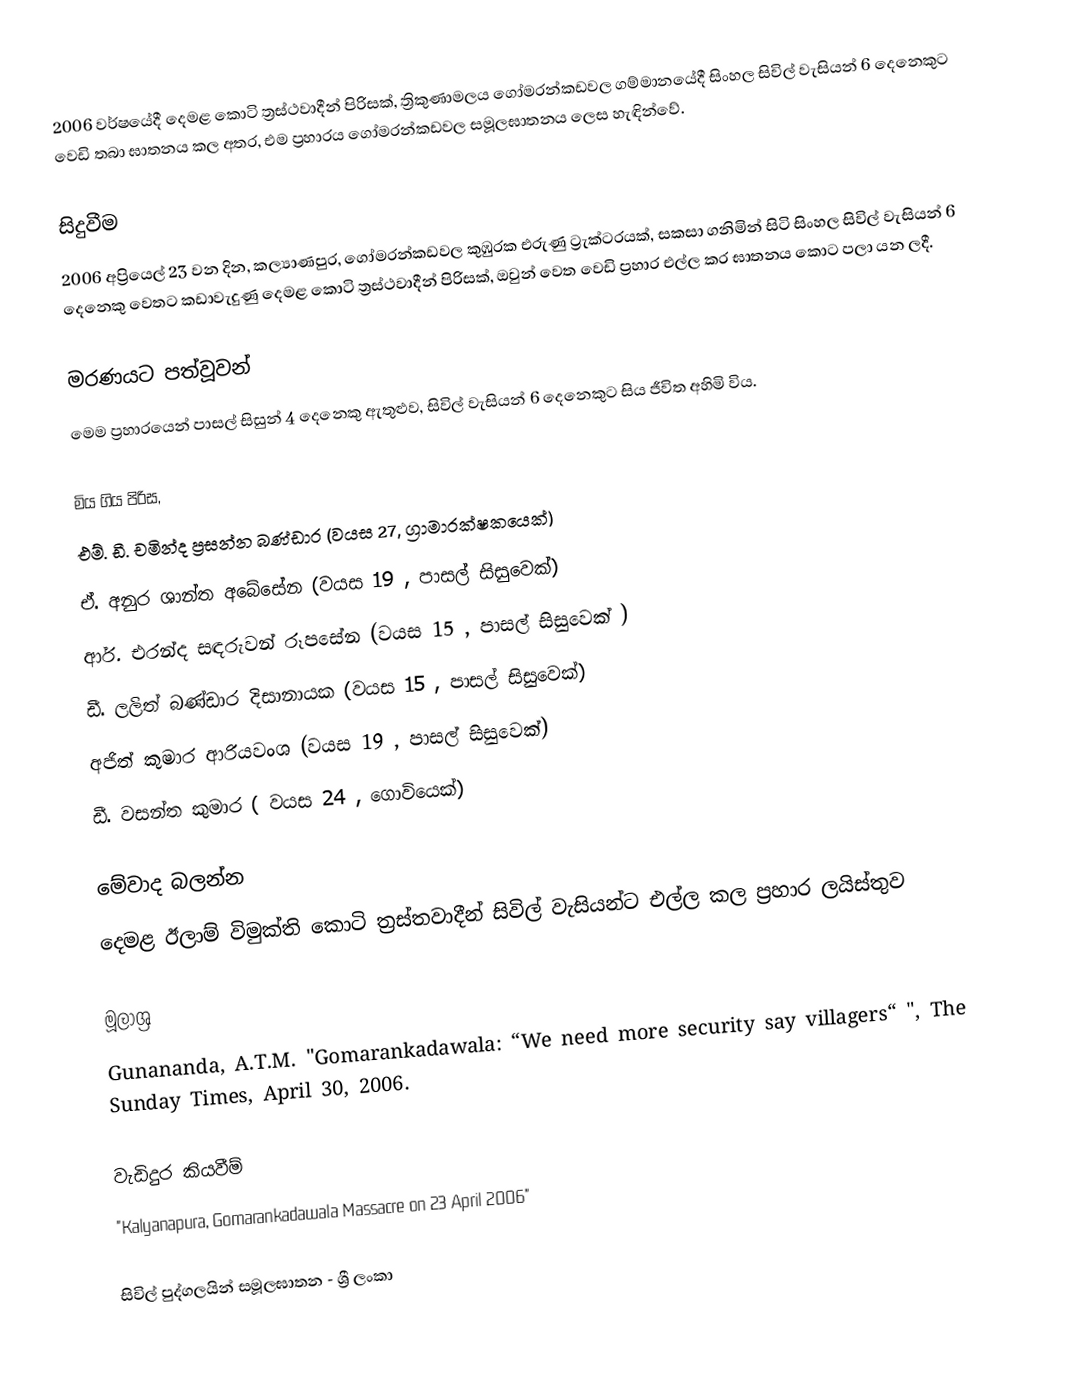
2006 වර්ෂයේදී දෙමළ කොටි ත්‍රස්ථවාදීන් පිරිසක්, ත්‍රිකුණාමලය ගෝමරන්කඩවල ගම්මානයේදී සිංහල සිවිල් වැසියන් 6 දෙනෙකුට වෙඩි තබා ඝාතනය කල අතර, එම ප්‍රහාරය ගෝමරන්කඩවල සමූලඝාතනය ලෙස හැඳින්වේ.

සිදුවීම
2006 අප්‍රියෙල් 23 වන දින, කල්‍යාණපුර, ගෝමරන්කඩවල කුඹුරක එරුණු ට්‍රැක්ටරයක්, සකසා ගනිමින් සිටි සිංහල සිවිල් වැසියන් 6 දෙනෙකු වෙතට කඩාවැදුණු දෙමළ කොටි ත්‍රස්ථවාදීන් පිරිසක්, ඔවුන් වෙත වෙඩි ප්‍රහාර එල්ල කර ඝාතනය කොට පලා යන ලදී.

මරණයට පත්වූවන්
මෙම ප්‍රහාරයෙන් පාසල් සිසුන් 4 දෙනෙකු ඇතුළුව, සිවිල් වැසියන් 6 දෙනෙකුට සිය ජීවිත අහිමි විය.

මිය ගිය පිරිස,
 එම්. ඩී. චමින්ද ප්‍රසන්න බණ්ඩාර (වයස 27, ග්‍රාමාරක්ෂකයෙක්)
 ඒ. අනුර ශාන්ත අබේසේන (වයස 19 , පාසල් සිසුවෙක්)
 ආර්. එරන්ද සඳරුවන් රූපසේන (වයස 15 , පාසල් සිසුවෙක් )
 ඩී. ලලිත් බණ්ඩාර දිසානායක (වයස 15 , පාසල් සිසුවෙක්)
 අජිත් කුමාර ආරියවංශ (වයස 19 , පාසල් සිසුවෙක්)
 ඩී. වසන්ත කුමාර ( වයස 24 , ගොවියෙක්)

මේවාද බලන්න
 දෙමළ ඊලාම් විමුක්ති කොටි ත්‍රස්තවාදීන් සිවිල් වැසියන්ට එල්ල කල ප්‍රහාර ලයිස්තුව

මූලාශ්‍ර
Gunananda, A.T.M. "Gomarankadawala: “We need more security say villagers“ ", The Sunday Times, April 30, 2006.

වැඩිදුර කියවීම්
"Kalyanapura, Gomarankadawala Massacre on 23 April 2006"

සිවිල් පුද්ගලයින් සමූලඝාතන - ශ්‍රී ලංකා